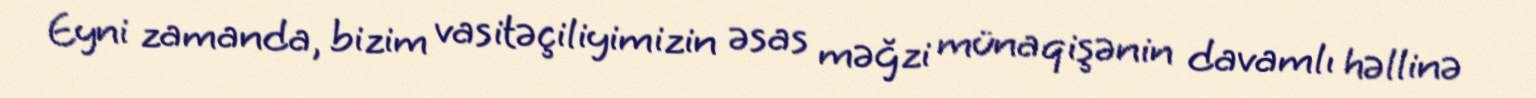
Eyni zamanda, bizim vasitəçiliyimizin əsas məğzi münaqişənin davamlı həllinə